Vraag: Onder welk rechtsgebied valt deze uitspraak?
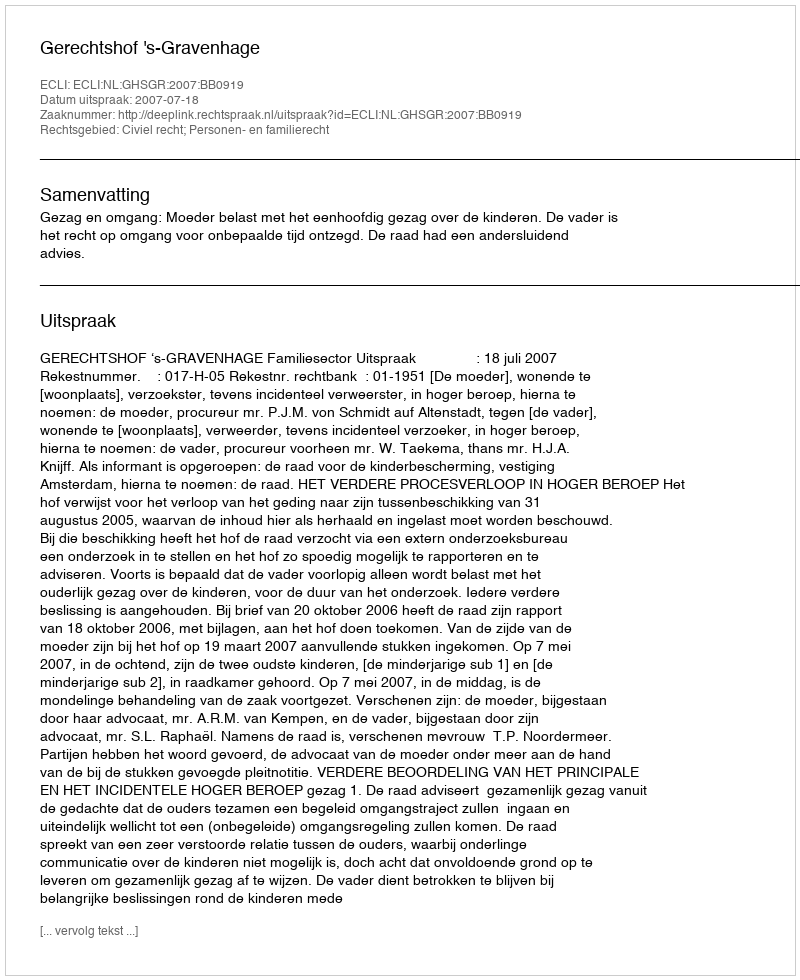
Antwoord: Civiel recht; Personen- en familierecht